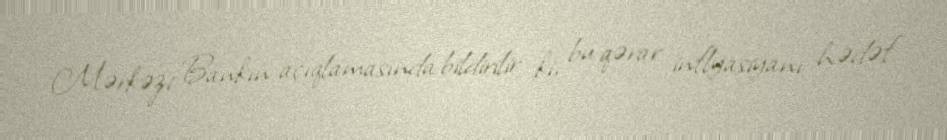
Mərkəzi Bankın açıqlamasında bildirilir ki, bu qərar inflyasiyanı hədəf